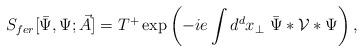
LaTeX: \begin{align*}S_{fer}[\bar{\Psi}, \Psi; \vec{A}] = T^{+} \exp \left( - i e\int d^dx_\perp \ \bar{\Psi} \ast {\cal V}\ast \Psi\right),\end{align*}